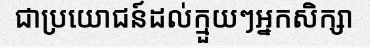
ជាប្រយោជន៍ដល់ក្មួយៗអ្នកសិក្សា